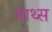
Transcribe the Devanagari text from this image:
माथ्स